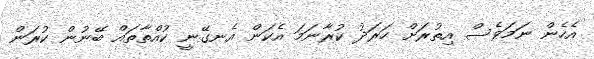
އެހެން ނަމަވެސް އިތުރަށް ހަރަދު ކުރާނަމަ އެކަން އެނގޭނީ ކުއްތާތައް ބޭނުން ކުރަން